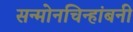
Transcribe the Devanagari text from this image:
सन्माेनचिन्हांबनी